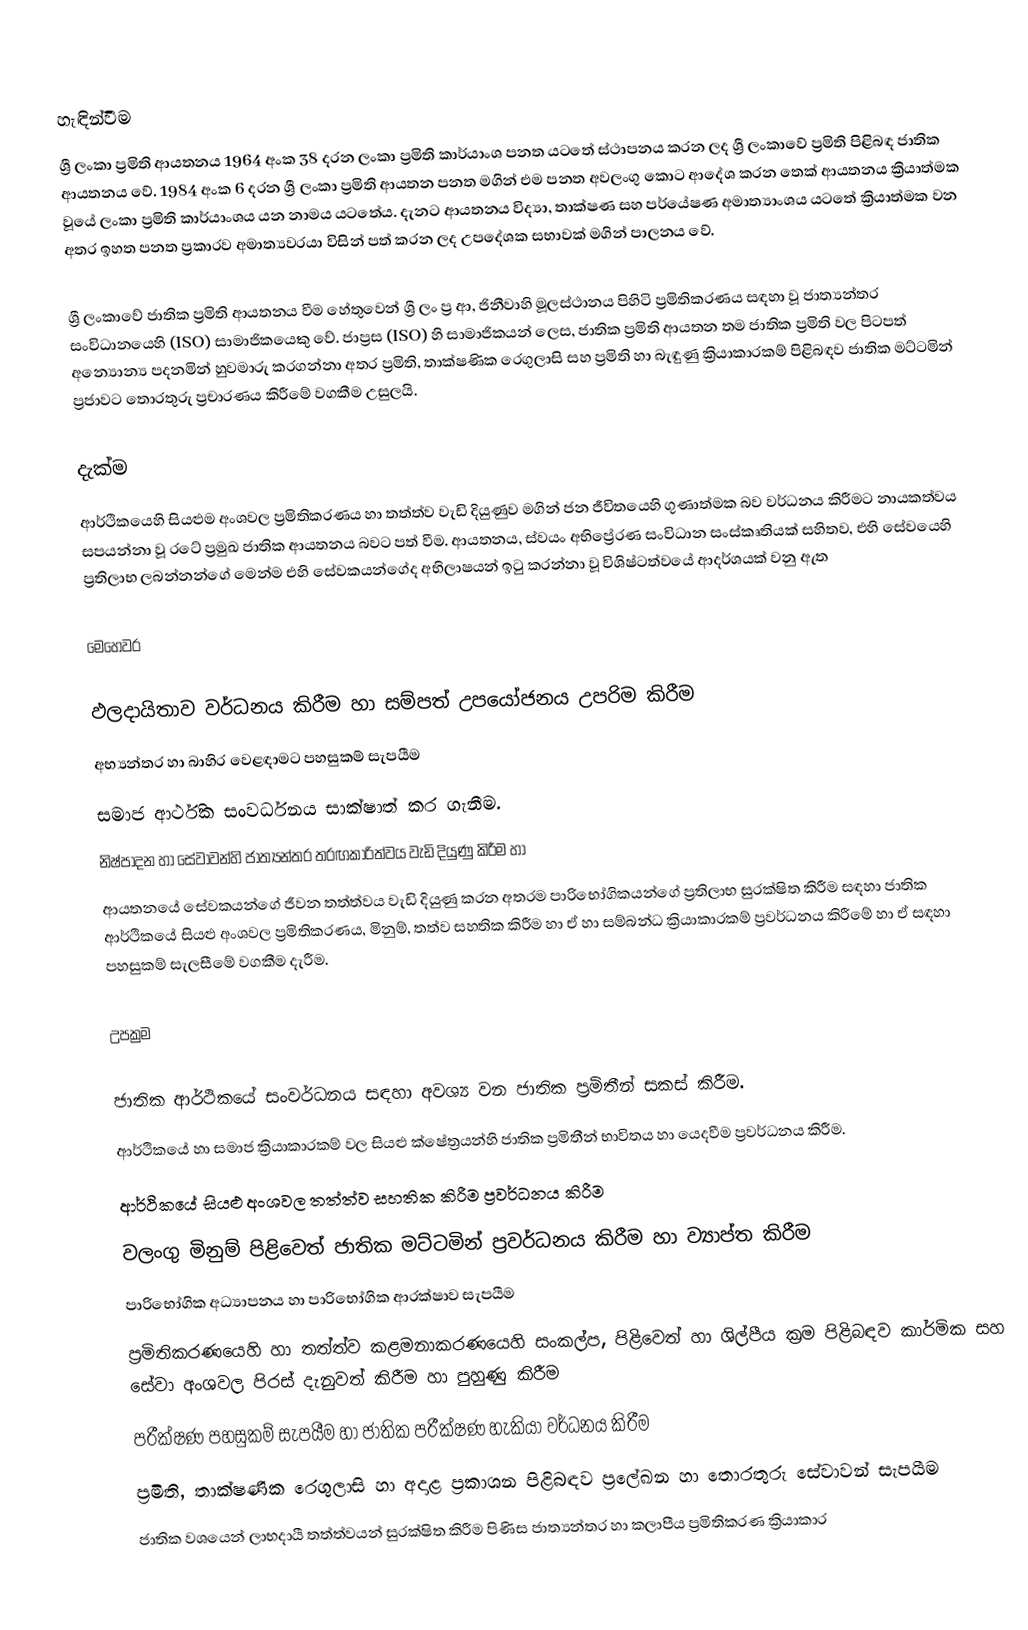

හැඳින්වීම
ශ්‍රී ලංකා ප්‍රමිති ආයතනය 1964 අංක 38 දරන ලංකා ප්‍රමිති කාර්යාංශ පනත යටතේ ස්ථාපනය කරන ලද ශ්‍රී ලංකාවේ ප්‍රමිති පිළිබඳ ජාතික ආයතනය වේ. 1984 අංක 6 දරන ශ්‍රී ලංකා ප්‍රමිති ආයතන පනත මගින් එම පනත අවලංගු කොට ආදේශ කරන තෙක් ආයතනය ක්‍රියාත්මක වූයේ ලංකා ප්‍රමිති කාර්යාංශය යන නාමය යටතේය. දැනට ආයතනය විද්‍යා, තාක්ෂණ සහ පර්යේෂණ අමාත්‍යාංශය යටතේ ක්‍රියාත්මක වන අතර ඉහත පනත ප්‍රකාරව අමාත්‍යවරයා විසින් පත් කරන ලද උපදේශක සභාවක් මගින් පාලනය වේ.

ශ්‍රී ලංකාවේ ජාතික ප්‍රමිති ආයතනය වීම හේතුවෙන් ශ්‍රී ලං ප්‍ර ආ, ජිනීවාහි මූලස්ථානය පිහිටි ප්‍රමිතිකරණය සඳහා වූ ජාත්‍යන්තර සංවිධානයෙහි (ISO) සාමාජිකයෙකු වේ. ජාප්‍රස (ISO) හි සාමාජිකයන් ලෙස, ජාතික ප්‍රමිති ආයතන තම ජාතික ප්‍රමිති වල පිටපත් අන්‍යොන්‍ය පදනමින් හුවමාරු කරගන්නා අතර ප්‍රමිති, තාක්ෂණික රෙගුලාසි සහ ප්‍රමිති හා බැඳුණු ක්‍රියාකාරකම් පිළිබඳව ජාතික මට්ටමින් ප්‍රජාවට තොරතුරු ප්‍රචාරණය කිරීමේ වගකීම උසුලයි.

දැක්ම
ආර්ථිකයෙහි සියළුම අංශවල ප්‍රමිතිකරණය හා තත්ත්ව වැඩි දියුණුව මගින් ජන ජීවිතයෙහි ගුණාත්මක බව වර්ධනය කිරීමට නායකත්වය සපයන්නා වූ රටේ ප්‍රමුඛ ජාතික ආයතනය බවට පත් වීම. ආයතනය, ස්වයං අභිප්‍රේරණ සංවිධාන සංස්කෘතියක් සහිතව, එහි සේවයෙහි ප්‍රතිලාභ ලබන්නන්ගේ මෙන්ම එහි සේවකයන්ගේද අභිලාෂයන් ඉටු කරන්නා වූ විශිෂ්ටත්වයේ ආදර්ශයක් වනු ඇත

මෙහෙවර

 ඵලදායිතාව වර්ධනය කිරීම හා සම්පත් උපයෝජනය උපරිම කිරීම
 අභ්‍යන්තර හා බාහිර වෙළඳාමට පහසුකම් සැපයීම
 සමාජ ආර්ථික සංවර්ධනය සාක්ෂාත් කර ගැනීම.
 නිෂ්පාදන හා සේවාවන්හි ජාත්‍යන්තර තරඟකාරිත්වය වැඩි දියුණු කිරීම හා
 ආයතනයේ සේවකයන්ගේ ජීවන තත්ත්වය වැඩි දියුණු කරන අතරම පාරිභෝගිකයන්ගේ ප්‍රතිලාභ සුරක්ෂිත කිරීම සඳහා ජාතික ආර්ථිකයේ සියළු අංශවල ප්‍රමිතිකරණය, මිනුම්, තත්ව සහතික කිරීම හා ඒ හා සම්බන්ධ ක්‍රියාකාරකම් ප්‍රවර්ධනය කිරීමේ හා ඒ සඳහා පහසුකම් සැලසීමේ වගකීම දැරීම.

උපක්‍රම

 ජාතික ආර්ථිකයේ සංවර්ධනය සඳහා අවශ්‍ය වන ජාතික ප්‍රමිතීන් සකස් කිරීම.
 ආර්ථිකයේ හා සමාජ ක්‍රියාකාරකම් වල සියළු ක්ෂේත්‍රයන්හි ජාතික ප්‍රමිතීන් භාවිතය හා යෙදවීම ප්‍රවර්ධනය කිරීම.
 ආර්ථිකයේ සියළු අංශවල තත්ත්ව සහතික කිරීම ප්‍රවර්ධනය කිරීම
 වලංගු මිනුම් පිළිවෙත් ජාතික මට්ටමින් ප්‍රවර්ධනය කිරීම හා ව්‍යාප්ත කිරීම
 පාරිභෝගික අධ්‍යාපනය හා පාරිභෝගික ආරක්ෂාව සැපයීම
 ප්‍රමිතිකරණයෙහි හා තත්ත්ව කළමනාකරණයෙහි සංකල්ප, පිළිවෙත් හා ශිල්පීය ක්‍රම පිළිබඳව කාර්මික සහ සේවා අංශවල පිරස් දැනුවත් කිරීම හා පුහුණු කිරීම
 පරීක්ෂණ පහසුකම් සැපයීම හා ජාතික පරීක්ෂණ හැකියා වර්ධනය කිරීම
 ප්‍රමිති, තාක්ෂණික රෙගුලාසි හා අදාළ ප්‍රකාශන පිළිබඳව ප්‍රලේඛන හා තොරතුරු සේවාවන් සැපයීම
 ජාතික වශයෙන් ලාභදායී තත්ත්වයන් සුරක්ෂිත කිරීම පිණිස ජාත්‍යන්තර හා කලාපීය  ප්‍රමිතිකරණ ක්‍රියාකාර